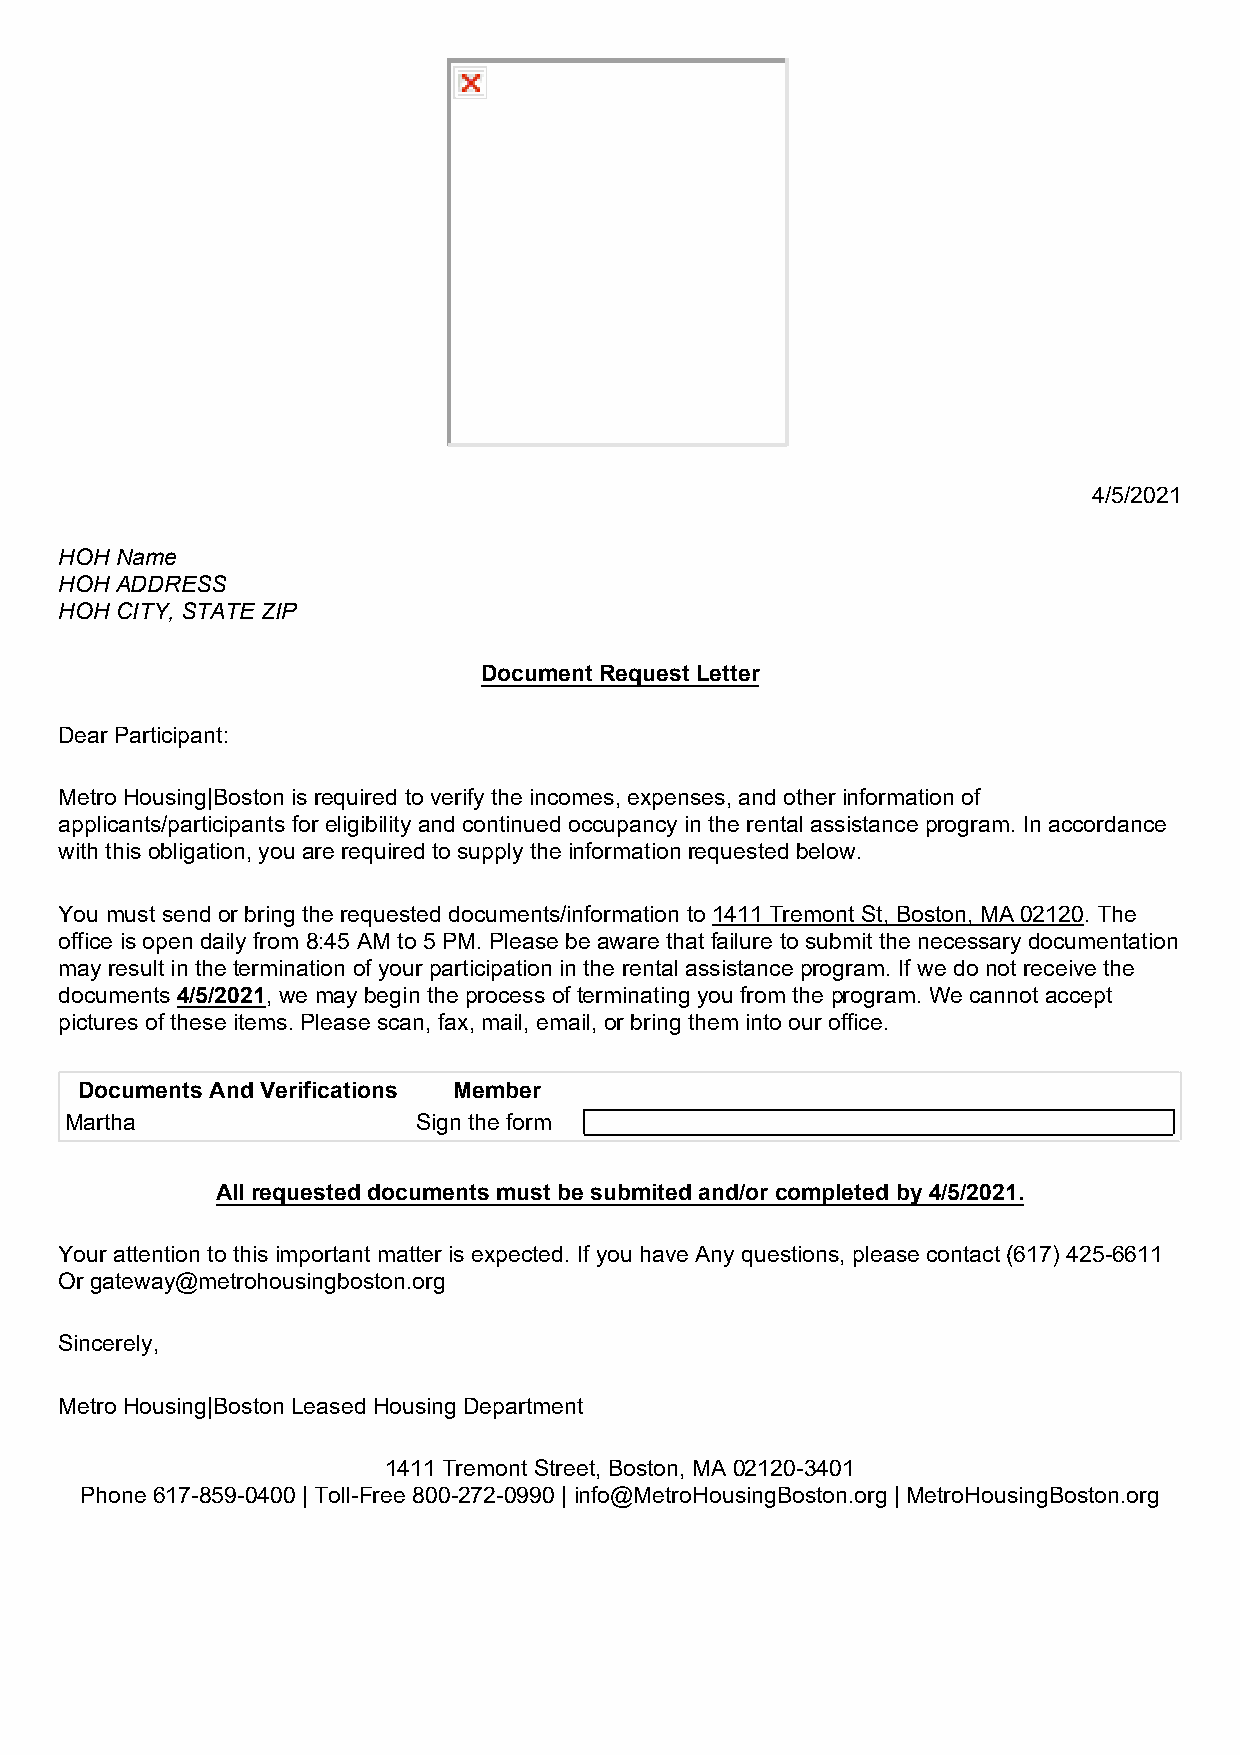
4/5/2021
 HOH Name
 HOH ADDRESS
 HOH CITY, STATE ZIP
 Document Request Letter
 Dear Participant:
 Metro Housing|Boston is required to verify the incomes, expenses, and other information of
 applicants/participants for eligibility and continued occupancy in the rental assistance program. In accordance
 with this obligation, you are required to supply the information requested below.
 You must send or bring the requested documents/information to 1411 Tremont St, Boston, MA 02120. The
 office is open daily from 8:45 AM to 5 PM. Please be aware that failure to submit the necessary documentation
 may result in the termination of your participation in the rental assistance program. If we do not receive the
 documents 4/5/2021, we may begin the process of terminating you from the program. We cannot accept
 pictures of these items. Please scan, fax, mail, email, or bring them into our office.
 Documents And Verifications Member
 Martha                  Sign the form
 All requested documents must be submited and/or completed by 4/5/2021.
 Your attention to this important matter is expected. If you have Any questions, please contact (617) 425-6611
 Or gateway@metrohousingboston.org
 Sincerely,
 Metro Housing|Boston Leased Housing Department
 1411 Tremont Street, Boston, MA 02120-3401
 Phone 617-859-0400 | Toll-Free 800-272-0990 | info@MetroHousingBoston.org | MetroHousingBoston.org